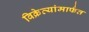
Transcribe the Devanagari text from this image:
विक्रेत्यांमार्फत